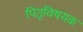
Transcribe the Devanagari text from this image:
पितृविषयक